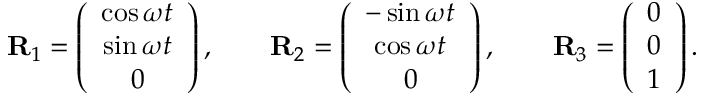
\begin{array} { r } { { \bf R } _ { 1 } = \left( \begin{array} { c } { \cos \omega t } \\ { \sin \omega t } \\ { 0 } \end{array} \right) , \qquad { \bf R } _ { 2 } = \left( \begin{array} { c } { - \sin \omega t } \\ { \cos \omega t } \\ { 0 } \end{array} \right) , \qquad { \bf R } _ { 3 } = \left( \begin{array} { c } { 0 } \\ { 0 } \\ { 1 } \end{array} \right) . } \end{array}